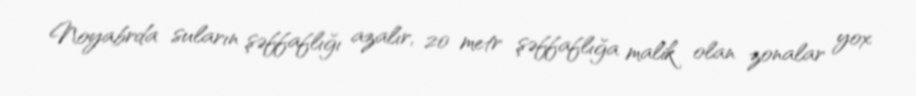
Noyabrda suların şəffaflığı azalır, 20 metr şəffaflığa malik olan zonalar yox